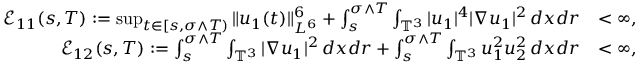
\begin{array} { r l } { \mathcal { E } _ { 1 1 } ( s , T ) : = \operatorname* { s u p } _ { t \in [ s , \sigma \wedge T ) } \| u _ { 1 } ( t ) \| _ { L ^ { 6 } } ^ { 6 } + \int _ { s } ^ { \sigma \wedge T } \int _ { \mathbb { T } ^ { 3 } } | u _ { 1 } | ^ { 4 } | \nabla u _ { 1 } | ^ { 2 } \, d x d r } & { < \infty , } \\ { \mathcal { E } _ { 1 2 } ( s , T ) : = \int _ { s } ^ { \sigma \wedge T } \int _ { \mathbb { T } ^ { 3 } } | \nabla u _ { 1 } | ^ { 2 } \, d x d r + \int _ { s } ^ { \sigma \wedge T } \int _ { \mathbb { T } ^ { 3 } } u _ { 1 } ^ { 2 } u _ { 2 } ^ { 2 } \, d x d r } & { < \infty , } \end{array}